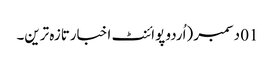
01 دسمبر (اُردو پوائنٹ اخبارتازہ ترین۔